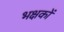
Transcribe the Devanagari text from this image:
भक्षकों